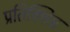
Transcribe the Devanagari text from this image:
प्रतिक्शिप्त